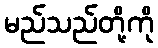
မည်သည်တို့ကို